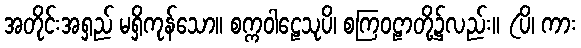
အတိုင်းအရှည် မရှိကုန်သော။ စက္ကဝါဠေသုပိ၊ စကြဝဠာတို့၌လည်း။ (ပိ၊ ကား